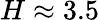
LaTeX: H\approx 3.5